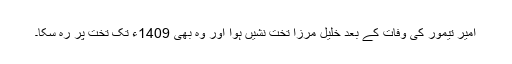
امیر تیمور کی وفات کے بعد خلیل مرزا تخت نشیں ہوا اور وہ بھی 1409ء تک تخت پر رہ سکا۔